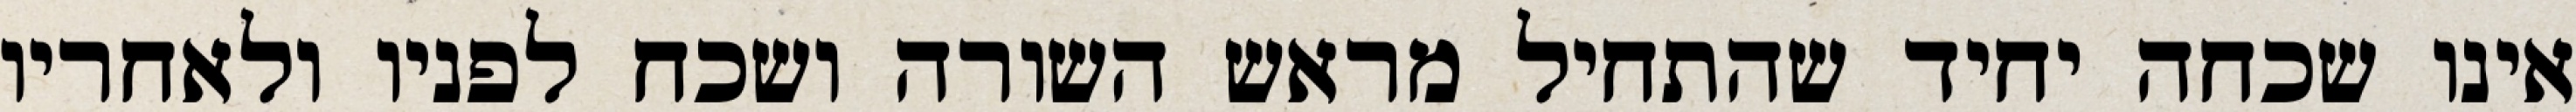
אינו שכחה יחיד שהתחיל מראש השורה ושכח לפניו ולאחריו